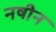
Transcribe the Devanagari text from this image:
नषीन